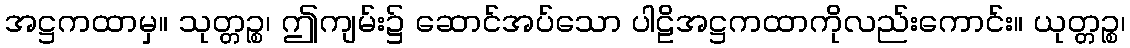
အဋ္ဌကထာမှ။ သုတ္တဉ္စ၊ ဤကျမ်း၌ ဆောင်အပ်သော ပါဠိအဋ္ဌကထာကိုလည်းကောင်း။ ယုတ္တဉ္စ၊